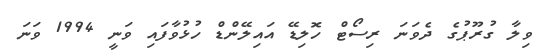
ވިލާ ގުރޫޕުގެ ދެވަނަ ރިސޯޓް ހޮލިޑޭ އައިލޭންޑް ހުޅުވާފައި ވަނީ 1994 ވަނަ